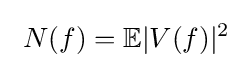
\ N(f)=\mathbb {E} |V(f)|^{2}